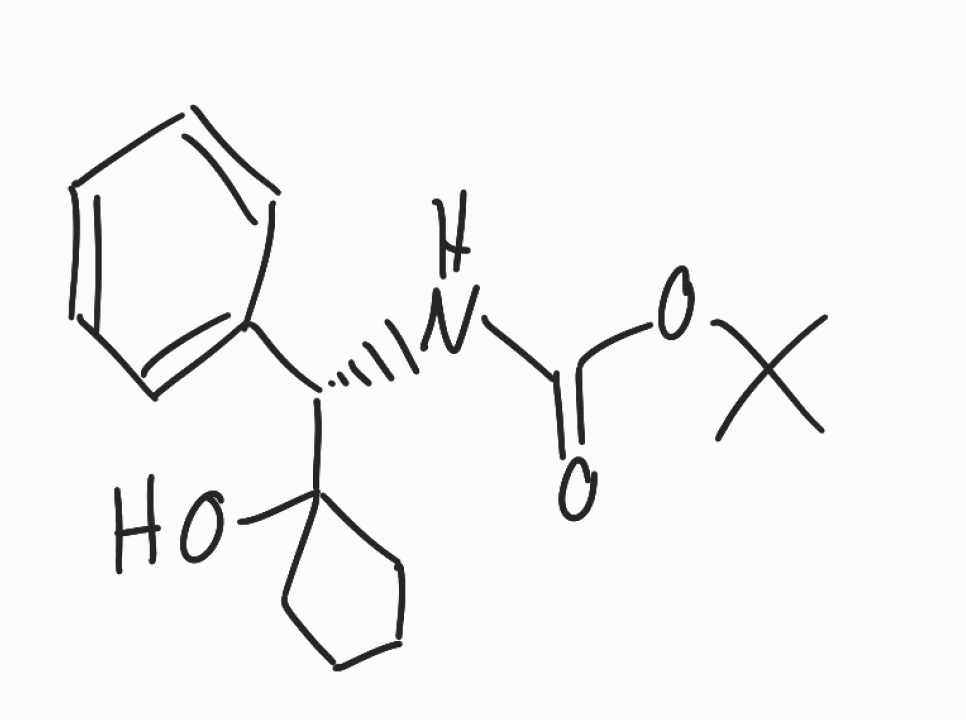
Simplified molecular-input line-entry system (SMILES) notation of the given molecule:
CC(C)(C)OC(=O)N[C@@H](C1=CC=CC=C1)C2(CCCC2)O